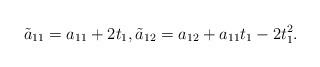
LaTeX: \begin{align*}\tilde a_{11} =a_{11}+2t_1, \tilde a_{12} =a_{12}+a_{11}t_1-2t_1^2.\end{align*}